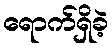
ရောက်ရှိခဲ့